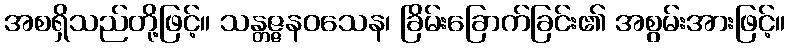
အစရှိသည်တို့ဖြင့်။ သန္တဇ္ဇနဝသေန၊ ခြိမ်းခြောက်ခြင်း၏ အစွမ်းအားဖြင့်။